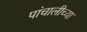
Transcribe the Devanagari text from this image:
पांचालीच्या